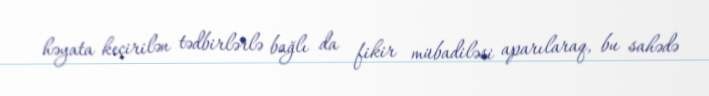
həyata keçirilən tədbirlərlə bağlı da fikir mübadiləsi aparılaraq, bu sahədə